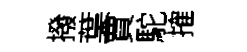
撥葉賈駝搉